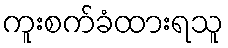
ကူးစက်ခံထားရသူ